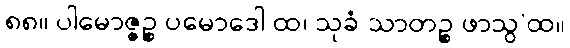
၈၈။ ပါမောဇ္ဇဉ္စ ပမောဒေါ ထ၊ သုခံ သာတဉ္စ ဖာသွ’ထ။